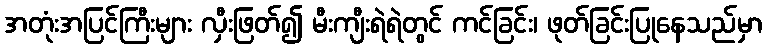
အတုံးအပြင်ကြီးများ လှီးဖြတ်၍ မီးကျီးရဲရဲတွင် ကင်ခြင်း၊ ဖုတ်ခြင်းပြုနေသည်မှာ